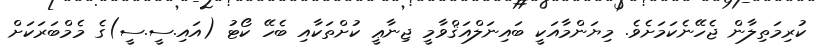
ކުރިމަތިލާން ޖެހޭނެކަމަށެވެ. މިޔަންމާއަކީ ބައިނަލްއަޤްވާމީ ޖިނާޢީ ކުށްތަކާއި ބެހޭ ކޯޓު (އައި.ސީ.ސީ)ގެ މެމްބަރަކަށް